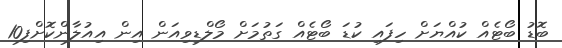
ބޮޑު ބޯޓެއް ކުއްޔަށް ހިފައި ކުޑަ ބޯޓެއް ގަތުމަށް މޯލްޑިވިއަން އިން އިއުލާންކޮށްފި10